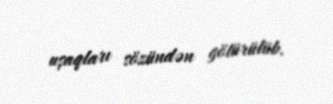
uşaqları sözündən götürülüb.